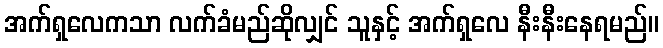
အက်ရှလေကသာ လက်ခံမည်ဆိုလျှင် သူနှင့် အက်ရှလေ နီးနီးနေရမည်။